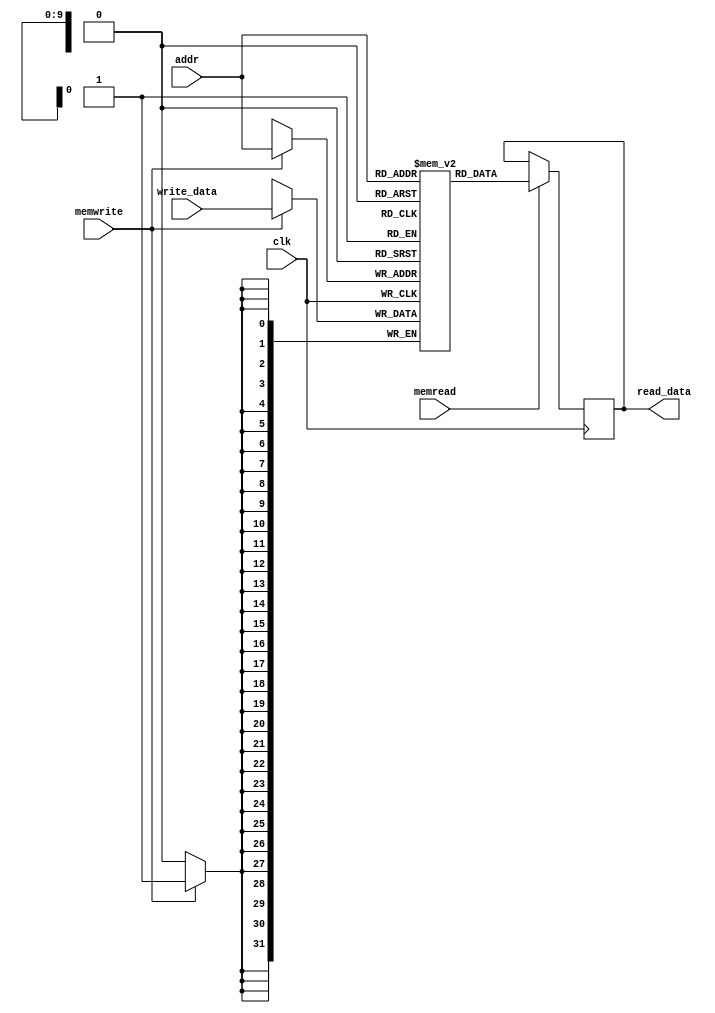
/*
	Name: Vybhav Pai (17CO252)
	Name: Shrinidhi Anil Varna (17CO145)
*/

module data_memory (addr,write_data,memwrite,memread,clk,read_data);

input wire [9:0] addr;        // Memory Address
input wire [31:0] write_data;    // Memory Address Contents
input wire memwrite;
input wire memread;
input wire clk;                  // All synchronous elements, including memories, should have a clock signal
output reg [31:0] read_data;      // Output of Memory Address Contents


reg [31:0] MEMO[0:1023];  // 256 words of 32-bit memory

integer i; 

initial
 begin
  read_data <= 0;
  for (i = 0; i < 1023; i = i + 1) begin
    MEMO[i] <= 32'b0;
  end
end

// Using @(addr) will lead to unexpected behavior as memories are synchronous elements like registers
always @(posedge clk) begin
  if (memwrite == 1'b1) begin
    MEMO[addr] <= write_data;
  end
  // Use memread to indicate a valid address is on the line and read the memory into a register at that address when memread is asserted
  if (memread == 1'b1) begin
    read_data <= MEMO[addr];
  end
end

endmodule